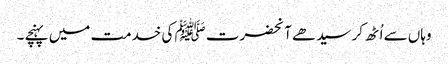
وہاں سے اُٹھ کر سیدھے آنحضرت ﷺ کی خدمت میں پہنچے ۔